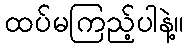
ထပ်မကြည့်ပါနဲ့။